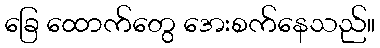
ခြေ ထောက်တွေ အေးစက်နေသည်။